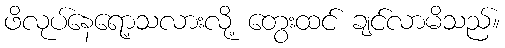
ဖိလုပ်နေရော့သလားလို့ တွေးထင် ချင်လာမိသည်။